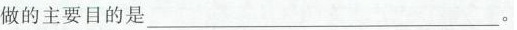
做的主要目的是___。